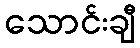
သောင်းချီ